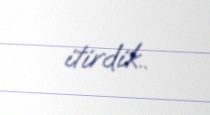
itirdik..